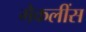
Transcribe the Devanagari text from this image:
मैकलींस